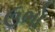
ઉભો